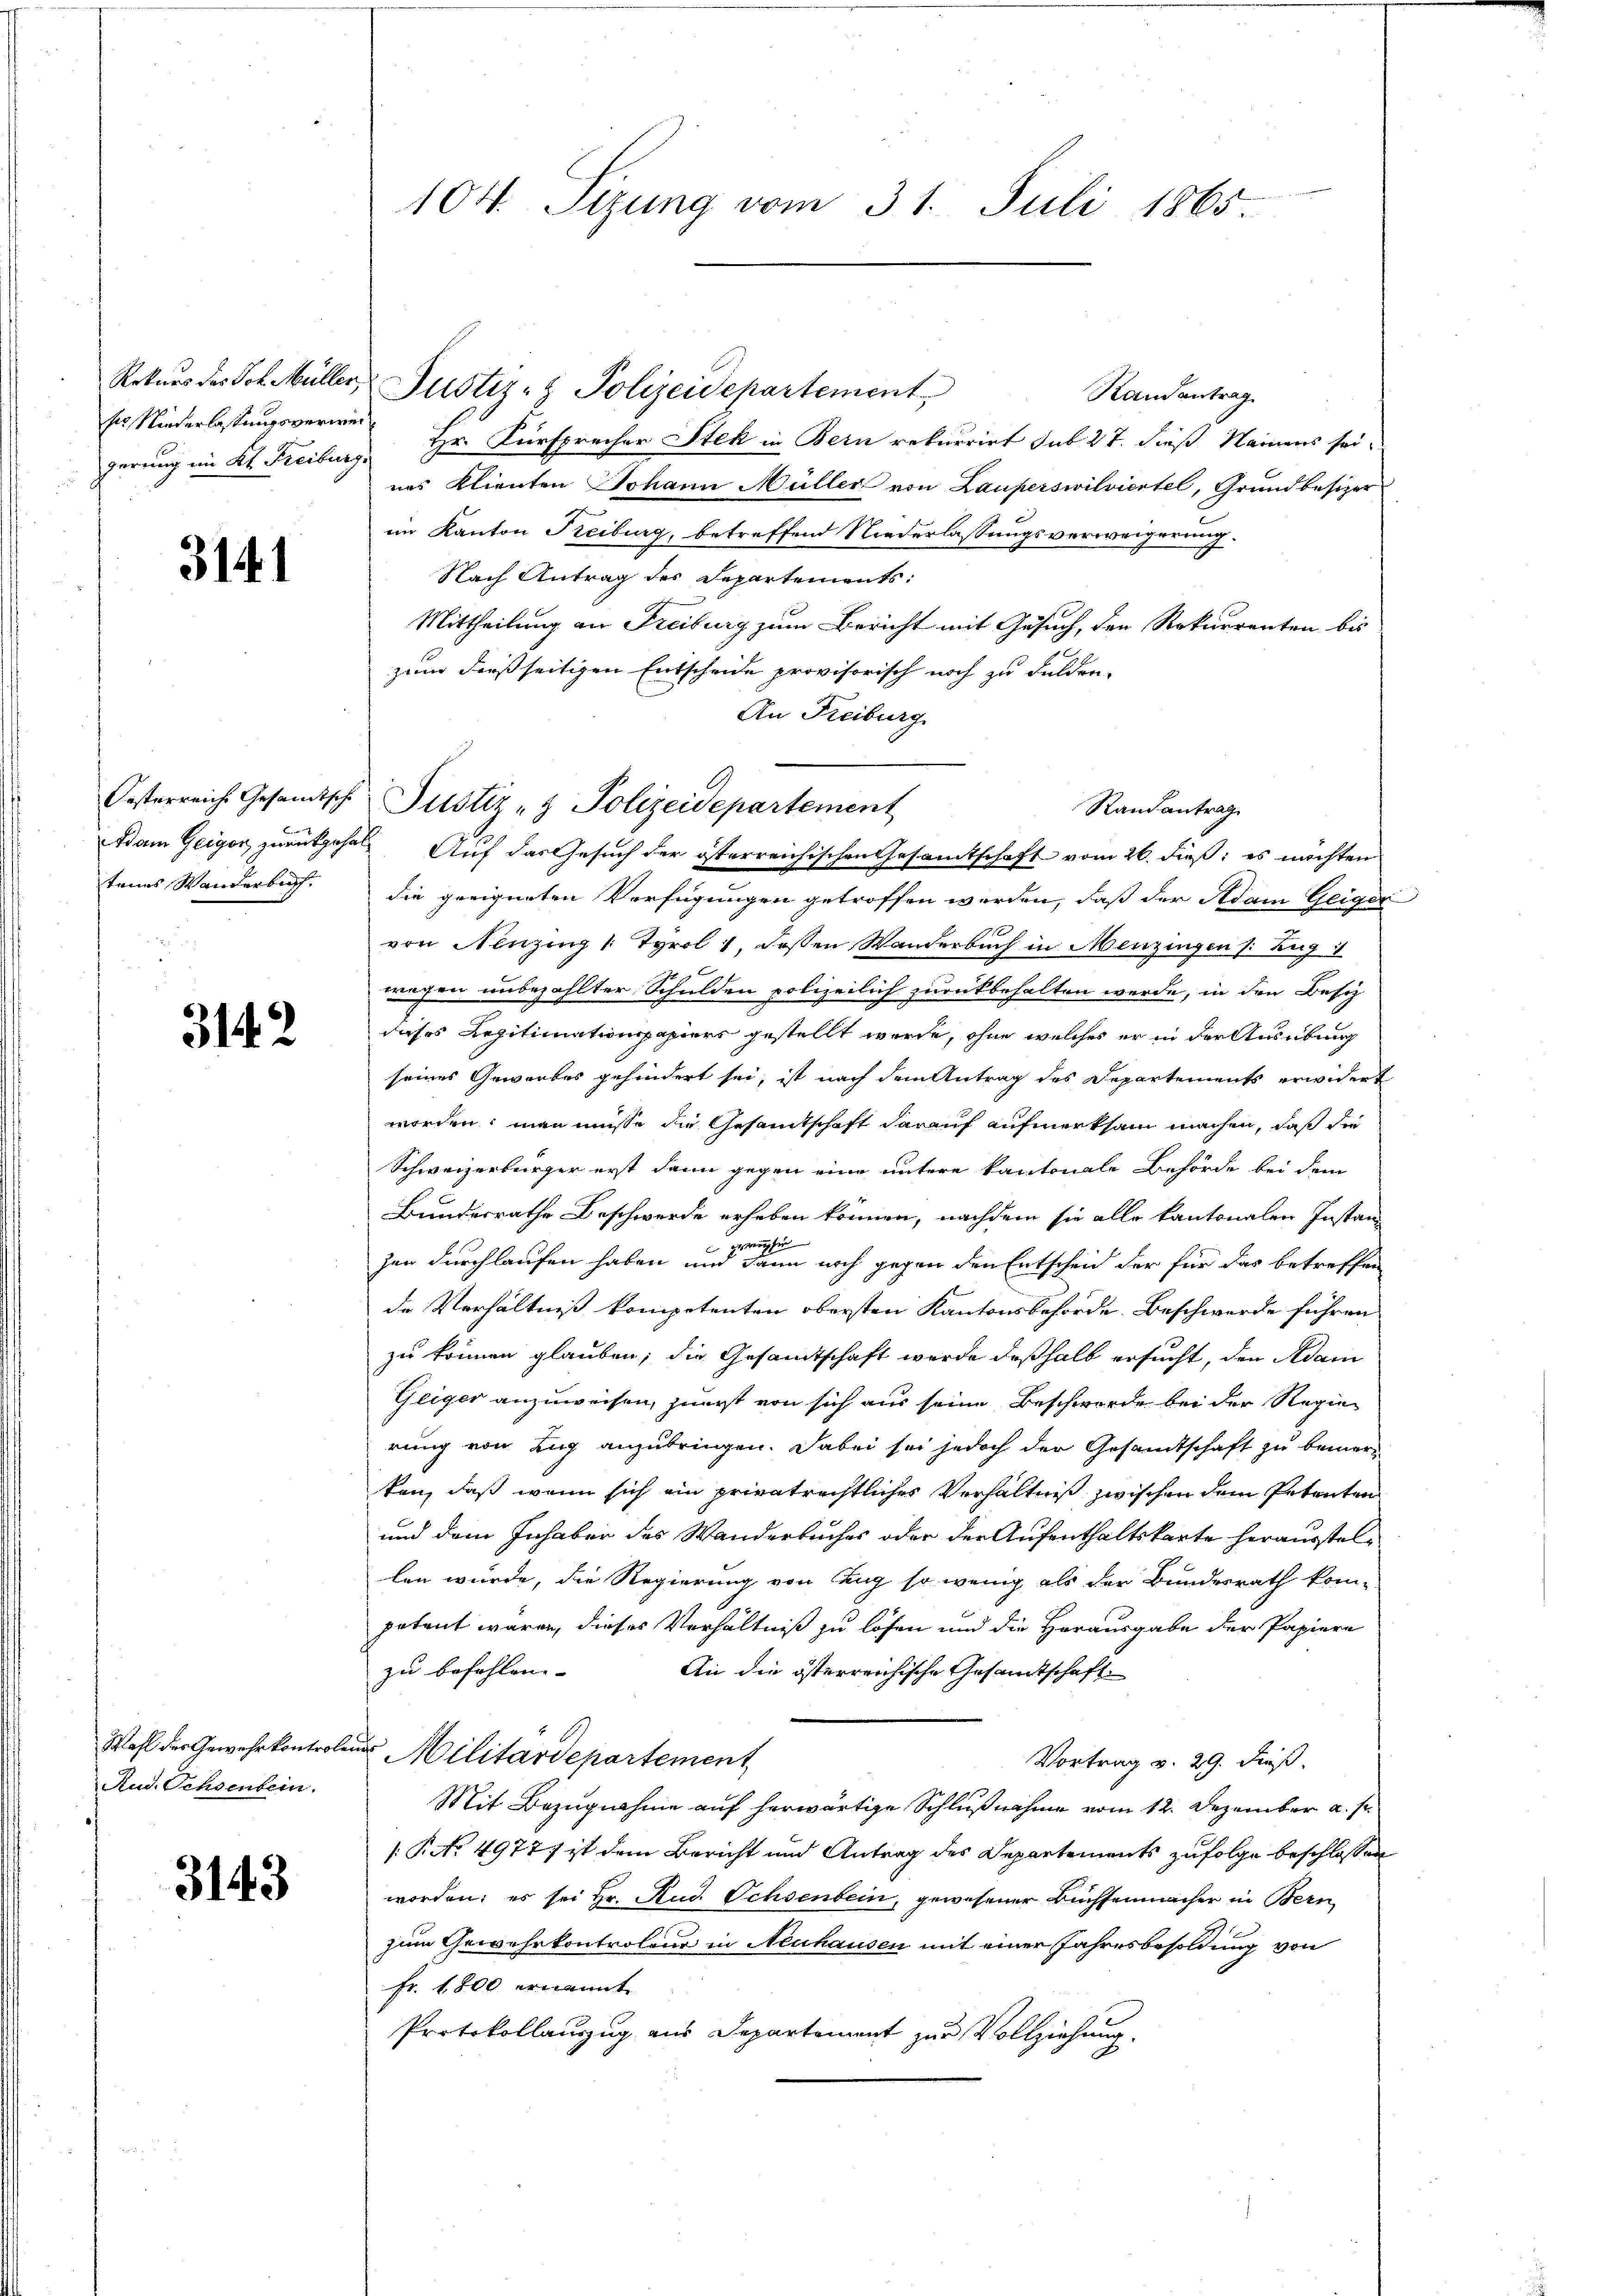
Rekurs des Joh. Müller,
ser Niederlassungsverwei¬

3141

tenes Wanderbuch

3142

Wahl der Gewehr kontrole.
Rud. Ochsenbein.

3143

104. Sizung vom 31. Juli 1865

Randantrag
gerung im Kt. Freiburg, Hr. Fürsprecher Stek in Bern rekurrirt sub 27. dieß Namens seines Klienten Johann Müller von Lauperswilviertel, Grundbesizer
im Kanton Treiburg, betreffend Niederlassungsverweigerung.
Nach Antrag des Separtements:
Mittheilung an Freiburg zum Bericht mit Gesuch, den Rekurrenten bis
zum dießseitigen Entscheide provisorisch noch zu dulden.
An Freiburg.
die geeigneten Verfügungen getroffen werden, daß der Adam Geiger
von Nenzing [Tyrol 1, deßen Wanderbuch in Menzingen (: Zug i
wegen unbezahlter Schulden polizeilich zurückbehalten werde, in den Besiz
dieses Regitimationspapiers gestellt werde, ohne welches er in der Ausübung
seines Geworbes gehindert sei, ist nach dem Antrag des Departements erwidert
worden; man müsse die Gesamtschaft darauf aufmerksam machen, daß die
Schweizerbürger erst dann gegen eine untere kantonale Behörde bei dem
Bundesrathe Beschwerde erheben können, nachdem sie alle kantonalen Instanz
er
gg
Ei
zer durchlaufen haben und dann noch gegen den Entscheid der für das betreffen
de Verhältniß kompetenten obersten Kantonsbehörde. Beschwerde führen
zu können glauben; die Gesamtschaft werde deßhalb ersucht, den Adam
Geiger anzuweisen, zuerst von sich aus seine Beschwerde bei der Regierung von Zug anzubringen. Dabei sei jedoch der Gesandtschaft zu bemerkan, daß wenn sich ein privatrechtlicher Verhältniß zwischen dem Petenten
und dem Inhaber des Wanderbuches oder der Aufenthaltskarte herausstellen wurde, die Regierung von Zug so wenig als der Bundesrath kom-
petent wären, dieses Verhältniß zu lösen und die Herausgabe der Papiere
zu befohlen.
An die österreichische Gesandtschaft.
ud Militärdepartement
Vortrag v. 29. dieß.
Mit Bezugnahme auf herwärtige Schlußnahme vom 12. Dezember a. s.
1: P. No 49777 ist dem Bericht und Antrag des Departements zufolge beschlossen
worden; es sei Hr. Rud. Ochsenbein, gewesener Buchsenmacher in Bern
zum Gewehrkontroleur in Neuhausen mit einer Jahresbesoldung von
Fr. 1800 ernannt
Protokollauszug aus Departement zur Vollziehung.

Justiz- & Polizeidepartement

Oesterreich Gesandtsche Justiz- & Polizeidepartement
Randantrag
Adam Geiger zurückgehen Auf das Gesuch der österreichischen Gesamtschaft vom 26. dieß: es möchten